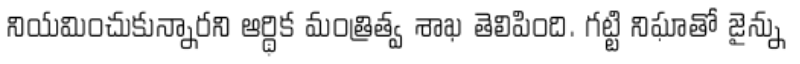
నియమించుకున్నారని ఆర్థిక మంత్రిత్వ శాఖ తెలిపింది. గట్టి నిఘాతో జైన్ను